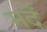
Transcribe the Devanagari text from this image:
मर्दें